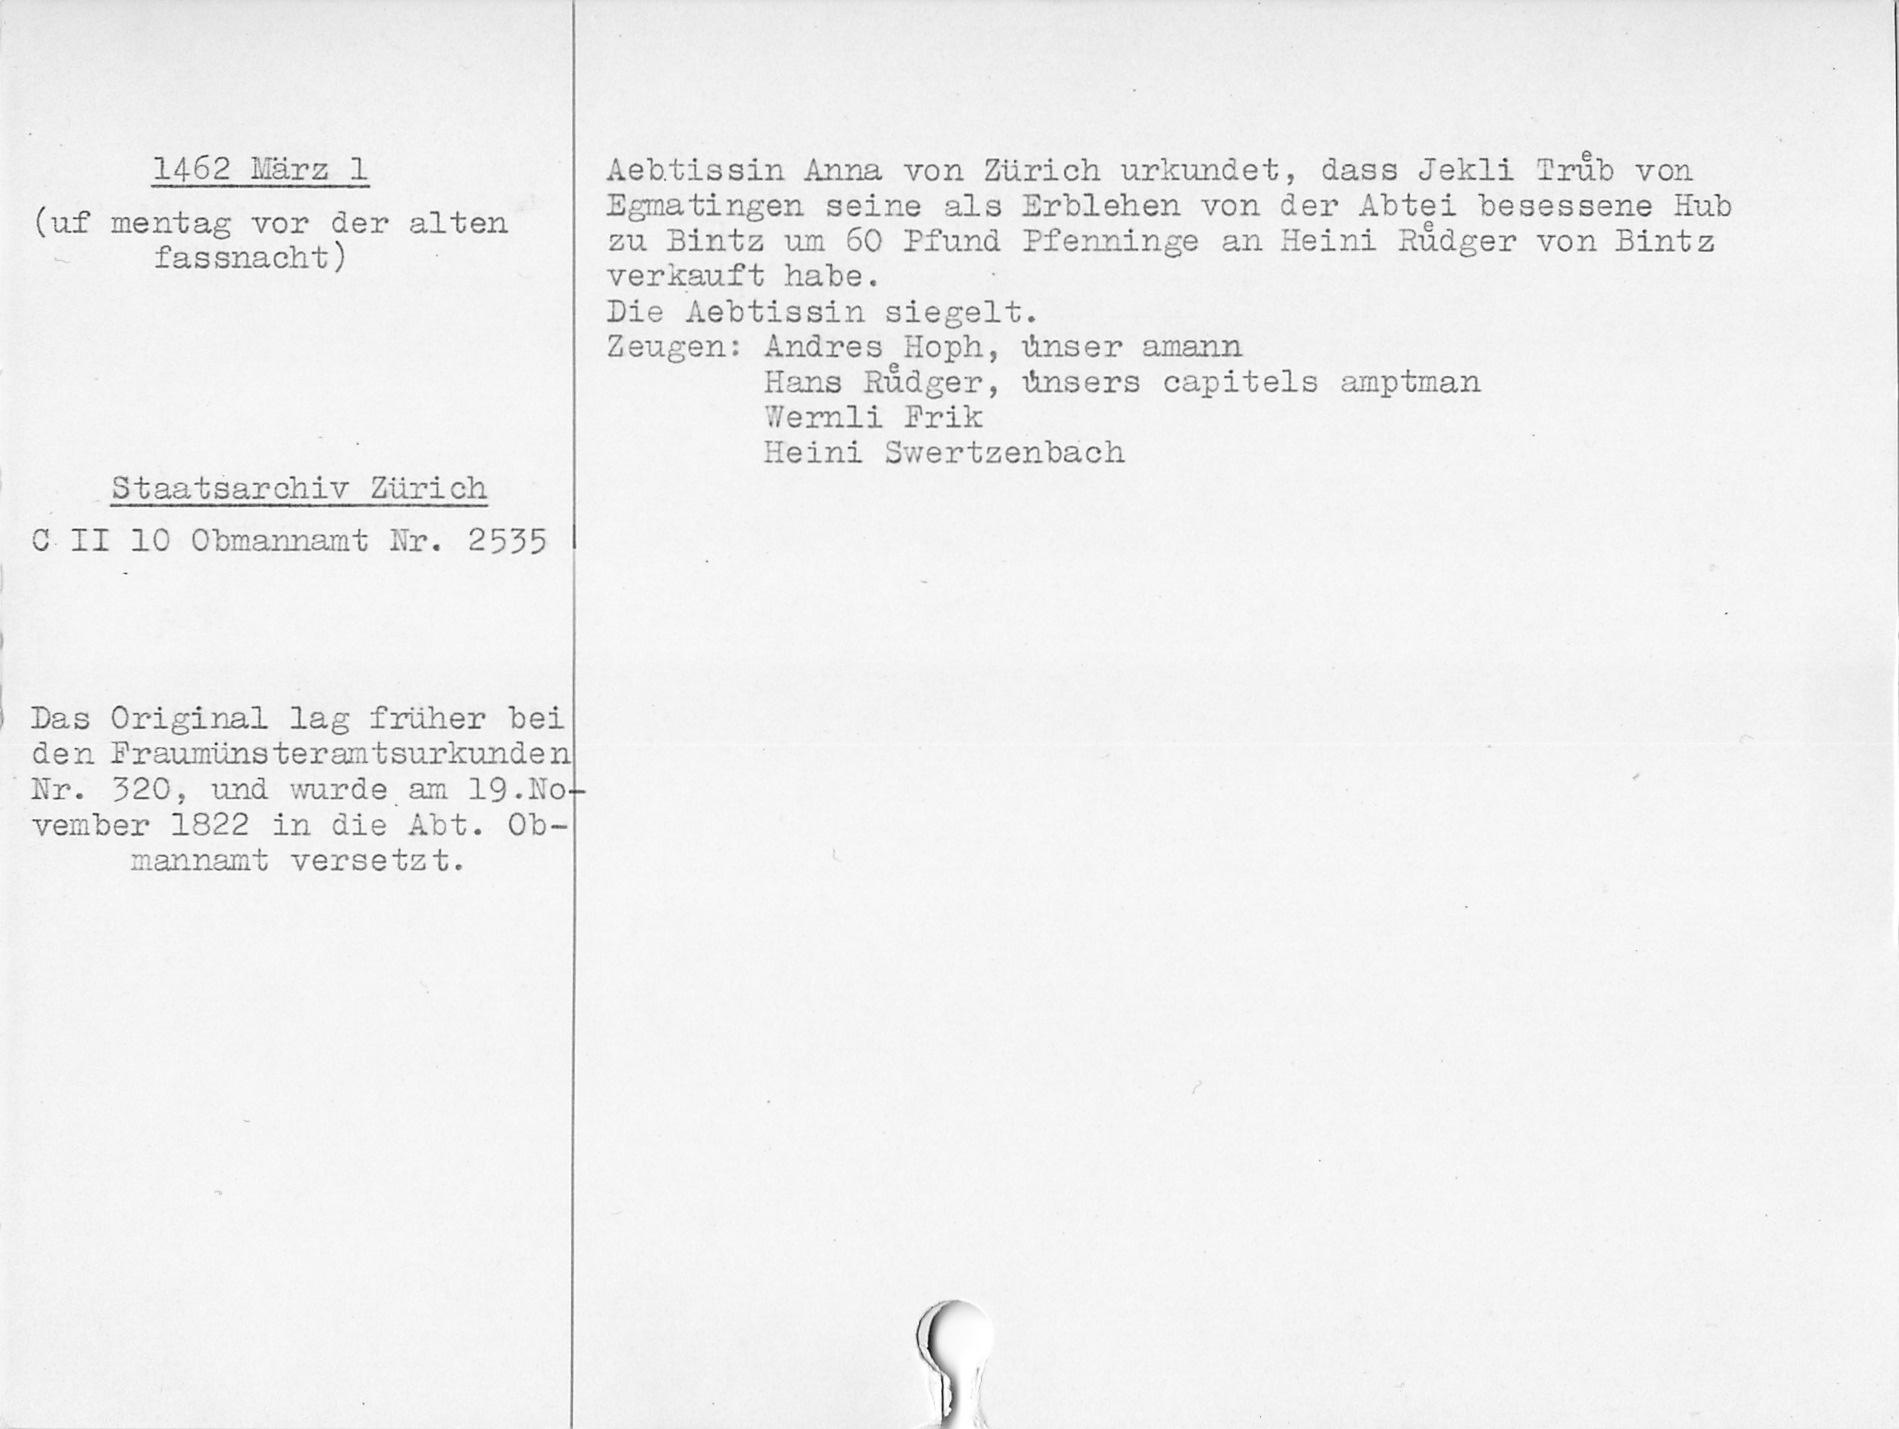
1462 März 1
(uf mentag vor der alten
fassnacht)
Staatsarchiv Zürich
C II 10 Obmannamt Nr. 2535
Das Original lag früher bei
den Fraumünsterurkunden
Nr. 320, und wurde am 19. No¬
vember 1832 in die Abt. Ob¬
mannamt versetzt.

Aebtissin Anna von Zürich urkundet, dass Jekli Truͤb von
Egmatingen seine als Erblehen von der Abtei besessene Hub
zu Bintz um 60 Pfund Pfenninge an Heini Ruͤdger von Bintz
verkauft habe.
Die Aebtissin siegelt.
Zeugen: Andres Hoph, únser amann
Hans Ruͤdger,únsers capitels amptman
Wernli Frik
Heini Swertzenbach